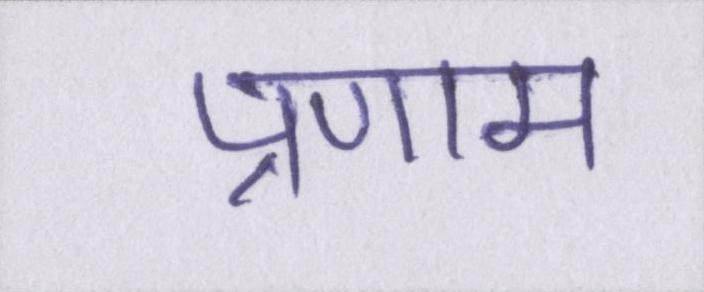
प्रणाम